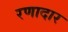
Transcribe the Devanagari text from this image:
रणादार